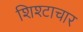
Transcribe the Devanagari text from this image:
शिश्टाचार